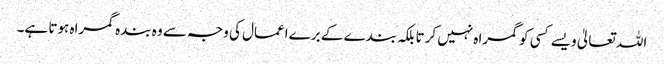
اللہ تعالیٰ ویسے کسی کو گمراہ نہیں کرتا بلکہ بندے کے برے اعمال کی وجہ سے وہ بندہ گمراہ ہوتا ہے۔